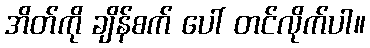
အိတ်ကို ချိန်စက် ပေါ် တင်လိုက်ပါ။